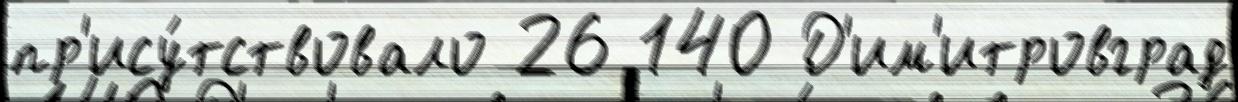
пр'ису́тствовало 26 140 Д'им'итровград